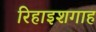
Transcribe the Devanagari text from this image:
रिहाइशगाह